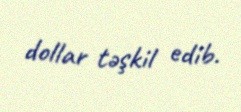
dollar təşkil edib.